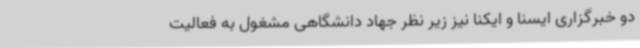
دو خبرگزاری ایسنا و ایکنا نیز زیر نظر جهاد دانشگاهی مشغول به فعالیت